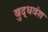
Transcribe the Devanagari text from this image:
बुद्धवंश